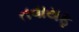
તવાયફ